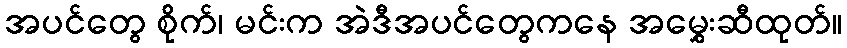
အပင်တွေ စိုက်၊ မင်းက အဲဒီအပင်တွေကနေ အမွှေးဆီထုတ်။